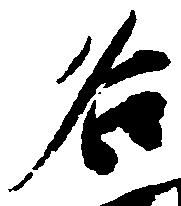
名